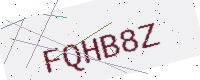
Text: FQHB8Z